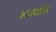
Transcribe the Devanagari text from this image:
कळशीचा